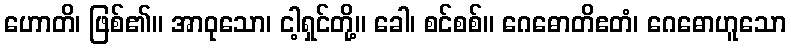
ဟောတိ၊ ဖြစ်၏။ အာဝုသော၊ ငါ့ရှင်တို့။ ခေါ၊ စင်စစ်။ ဂေဓောတိဧတံ၊ ဂေဓောဟူသော